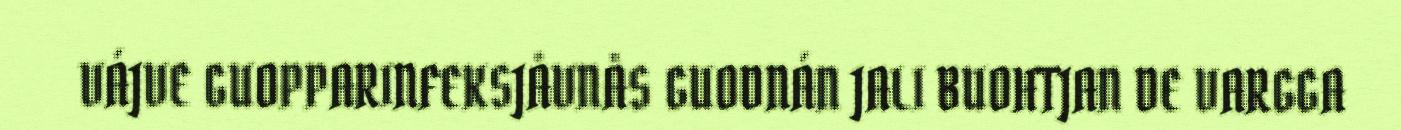
VÁJVE GUOPPARINFEKSJÅVNÅS GUODNÁN JALI BUOHTJAN DE VARGGA